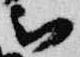
被